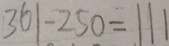
3 6 1 - 2 5 0 = 1 1 1